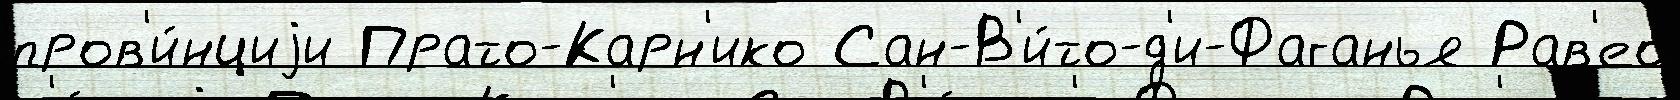
пров'и́нциjи Прато-Карн'ико Сан-В'и́то-д'и-Фаганья Рав'ео